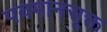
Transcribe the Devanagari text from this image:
पवमानसूक्त